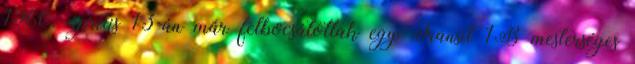
1960. április 13-án már felbocsátottak egy Transit 1B mesterséges